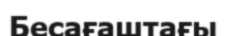
Бесағаштағы